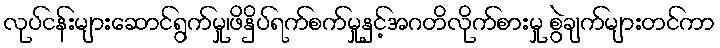
လုပ်ငန်းများဆောင်ရွက်မှု၊ဖိနှိပ်ရက်စက်မှုနှင့်အဂတိလိုက်စားမှု စွဲချက်များတင်ကာ